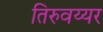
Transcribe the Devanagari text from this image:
तिरुवय्यर